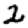
Digit: 2